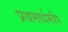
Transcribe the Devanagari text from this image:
प्रथमार्धमपि